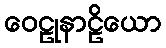
ဝေဠုနာဠိယော